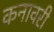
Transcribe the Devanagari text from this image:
कनावरी